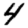
Digit: 4